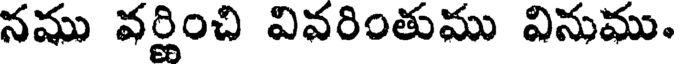
నము వర్ణించి వివరింతుము వినుము.